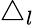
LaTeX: \triangle_{l}